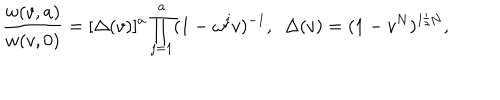
{ \frac { w ( v , a ) } { w ( v , 0 ) } } = [ \Delta ( v ) ] ^ { a } \prod _ { j = 1 } ^ { a } ( 1 - \omega ^ { j } v ) ^ { - 1 } , { } ~ ~ \Delta ( v ) = ( 1 - v ^ { N } ) ^ { 1 / N } ,